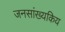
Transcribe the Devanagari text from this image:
जनसांख्यकिय